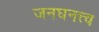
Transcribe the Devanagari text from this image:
जनघनत्त्व